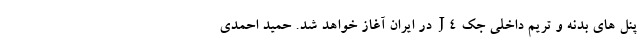
پنل های بدنه و تریم داخلی جک J4 در ایران آغاز خواهد شد. حمید احمدی